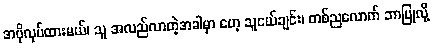
အပိုလုပ်ထားမယ်၊ သူ အလည်လာတဲ့အခါမှာ ဟေ့ သူငယ်ချင်း၊ တစ်ညလောက် ဘာပြုလို့